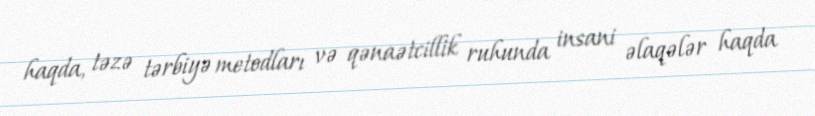
haqda, təzə tərbiyə metodları və qənaətcillik ruhunda insani əlaqələr haqda